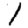
Digit: 1